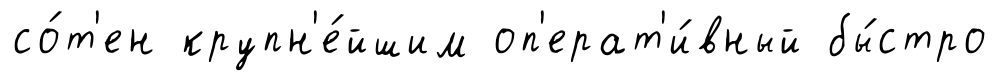
со́т'ен крупн'е́йшим оп'ерат'и́вный бы́стро